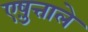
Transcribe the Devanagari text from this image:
एष़ुत्ताले